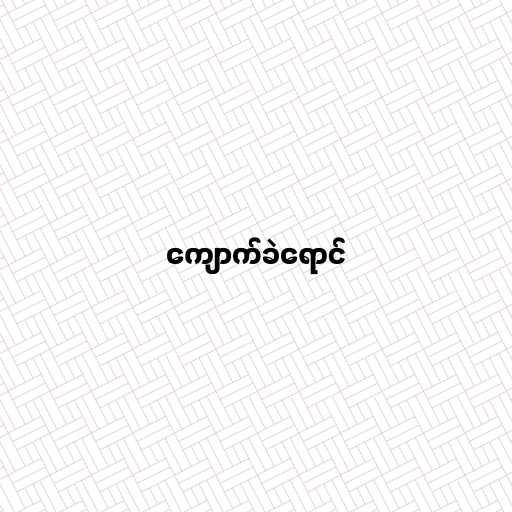
ကျောက်ခဲရောင်